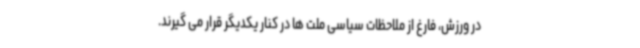
در ورزش، فارغ از ملاحظات سیاسی ملت ها در کنار یکدیگر قرار می گیرند.